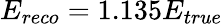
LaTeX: E_{reco}=1.135E_{true}